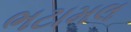
ભટામલ